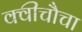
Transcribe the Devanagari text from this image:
क्वीचौचा